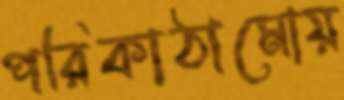
পরিকাঠামোয়